Malaria in India - Number 2
Disease focus: Malaria
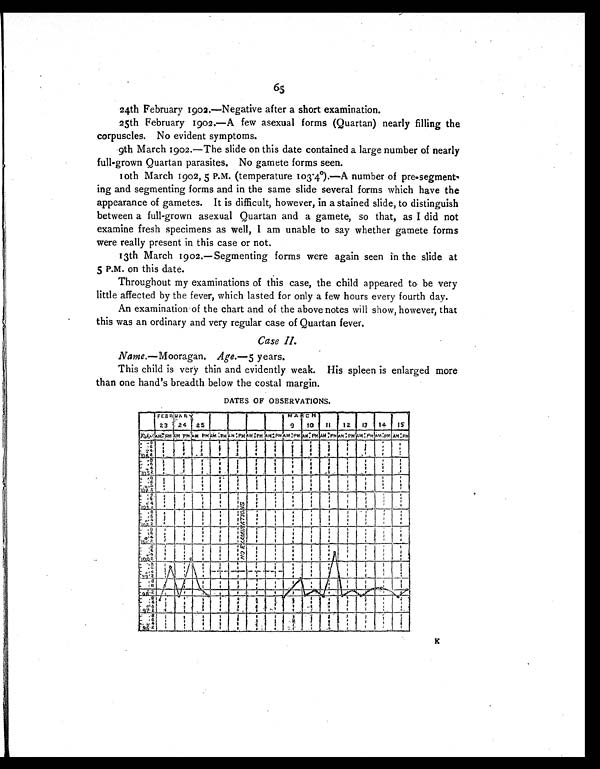
65
24th February 1902.—Negative after a short examination.
25th February 1902.—A few asexual forms (Quartan) nearly filling the
corpuscles. No evident symptoms.
9th March 1902.—The slide on this date contained a large number of nearly
full-grown Quartan parasites. No gamete forms seen.
10th March 1902, 5 P.M. (temperature 103.4°).—A number of pre-segment-
ing and segmenting forms and in the same slide several forms which have the
appearance of gametes. It is difficult, however, in a stained slide, to distinguish
between a full-grown asexual Quartan and a gamete, so that, as I did not
examine fresh specimens as well, I am unable to say whether gamete forms
were really present in this case or not.
13th March 1902.—Segmenting forms were again seen in the slide at
5 P.M. on this date.
Throughout my examinations of this case, the child appeared to be very
little affected by the fever, which lasted for only a few hours every fourth day.
An examination of the chart and of the above notes will show, however, that
this was an ordinary and very regular case of Quartan fever.
Case II.
Name.—Mooragan. Age.—5 years.
This child is very thin and evidently weak. His spleen is enlarged more
than one hand's breadth below the costal margin.
DATES OF OBSERVATIONS.